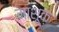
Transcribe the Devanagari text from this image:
माशूक़